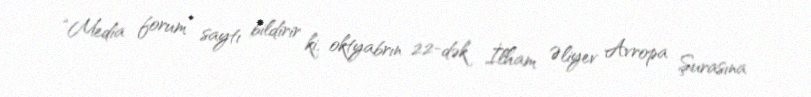
“Media forum” saytı bildirir ki, oktyabrın 22-dək İlham Əliyev Avropa Şurasına